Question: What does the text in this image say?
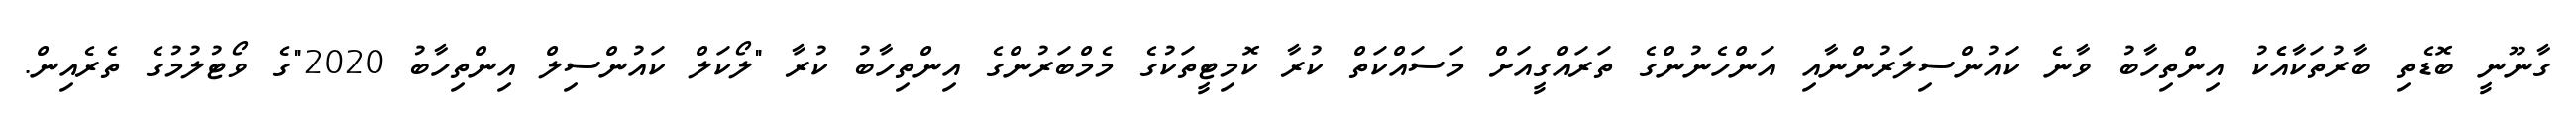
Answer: ގާނޫނީ ބޮޑެތި ބާރުތަކާއެެކު އިންތިހާބު ވާނެ ކައުންސިލަރުންނާއި އަންހެނުންގެ ތަރައްގީއަށް މަސައްކަތް ކުރާ ކޮމިޓީތަކުގެ މެމްބަރުންގެ އިންތިހާބު ކުރާ "ލޯކަލް ކައުންސިލް އިންތިހާބު 2020"ގެ ވޯޓުލުމުގެ ތެރެއިން.